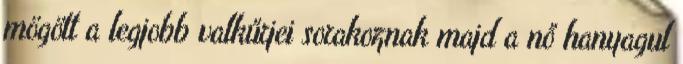
mögött a legjobb valkűrjei sorakoznak majd a nő hanyagul